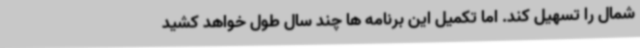
شمال را تسهیل کند. اما تکمیل این برنامه ها چند سال طول خواهد کشید